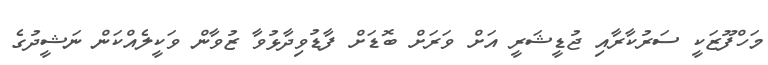
މަހްފޫޒަކީ ސަރުކާރާއި ޖުޑީޝަރީ އަށް ވަރަށް ބޮޑަށް ފާޑުވިދާޅުވާ ޒުވާން ވަކީލެއްކަން ނަޝީދުގެ